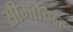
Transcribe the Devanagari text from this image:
सीमाचिन्‍ह